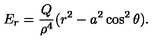
E _ { r } = \frac { Q } { \rho ^ { 4 } } ( r ^ { 2 } - a ^ { 2 } \cos ^ { 2 } \theta ) .